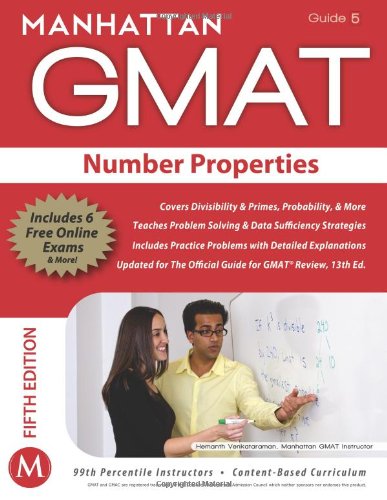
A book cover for Number Properties GMAT Strategy Guide (Manhattan GMAT Instructional Guide 5); Manhattan GMAT; Test Preparation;